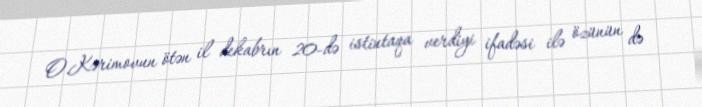
O.Kərimovun ötən il dekabrın 20-də istintaqa verdiyi ifadəsi ilə özünün də